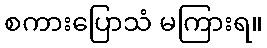
စကားပြောသံ မကြားရ။